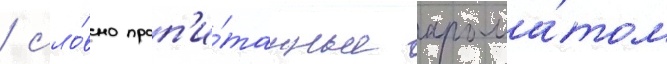
/ сло́вно проп'и́танные арома́том